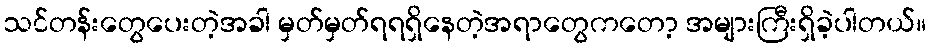
သင်တန်းတွေပေးတဲ့အခါ မှတ်မှတ်ရရရှိနေတဲ့အရာတွေကတော့ အများကြီးရှိခဲ့ပါတယ်။